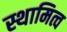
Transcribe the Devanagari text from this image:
स्थामित्व